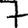
Digit: 7